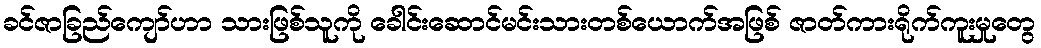
ခင်ဇာခြည်ကျော်ဟာ သားဖြစ်သူကို ခေါင်းဆောင်မင်းသားတစ်ယောက်အဖြစ် ဇာတ်ကားရိုက်ကူးမှုတွေ